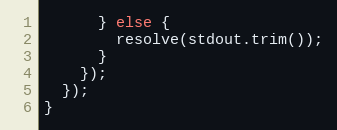
Language: JavaScript
      } else {
        resolve(stdout.trim());
      }
    });
  });
}